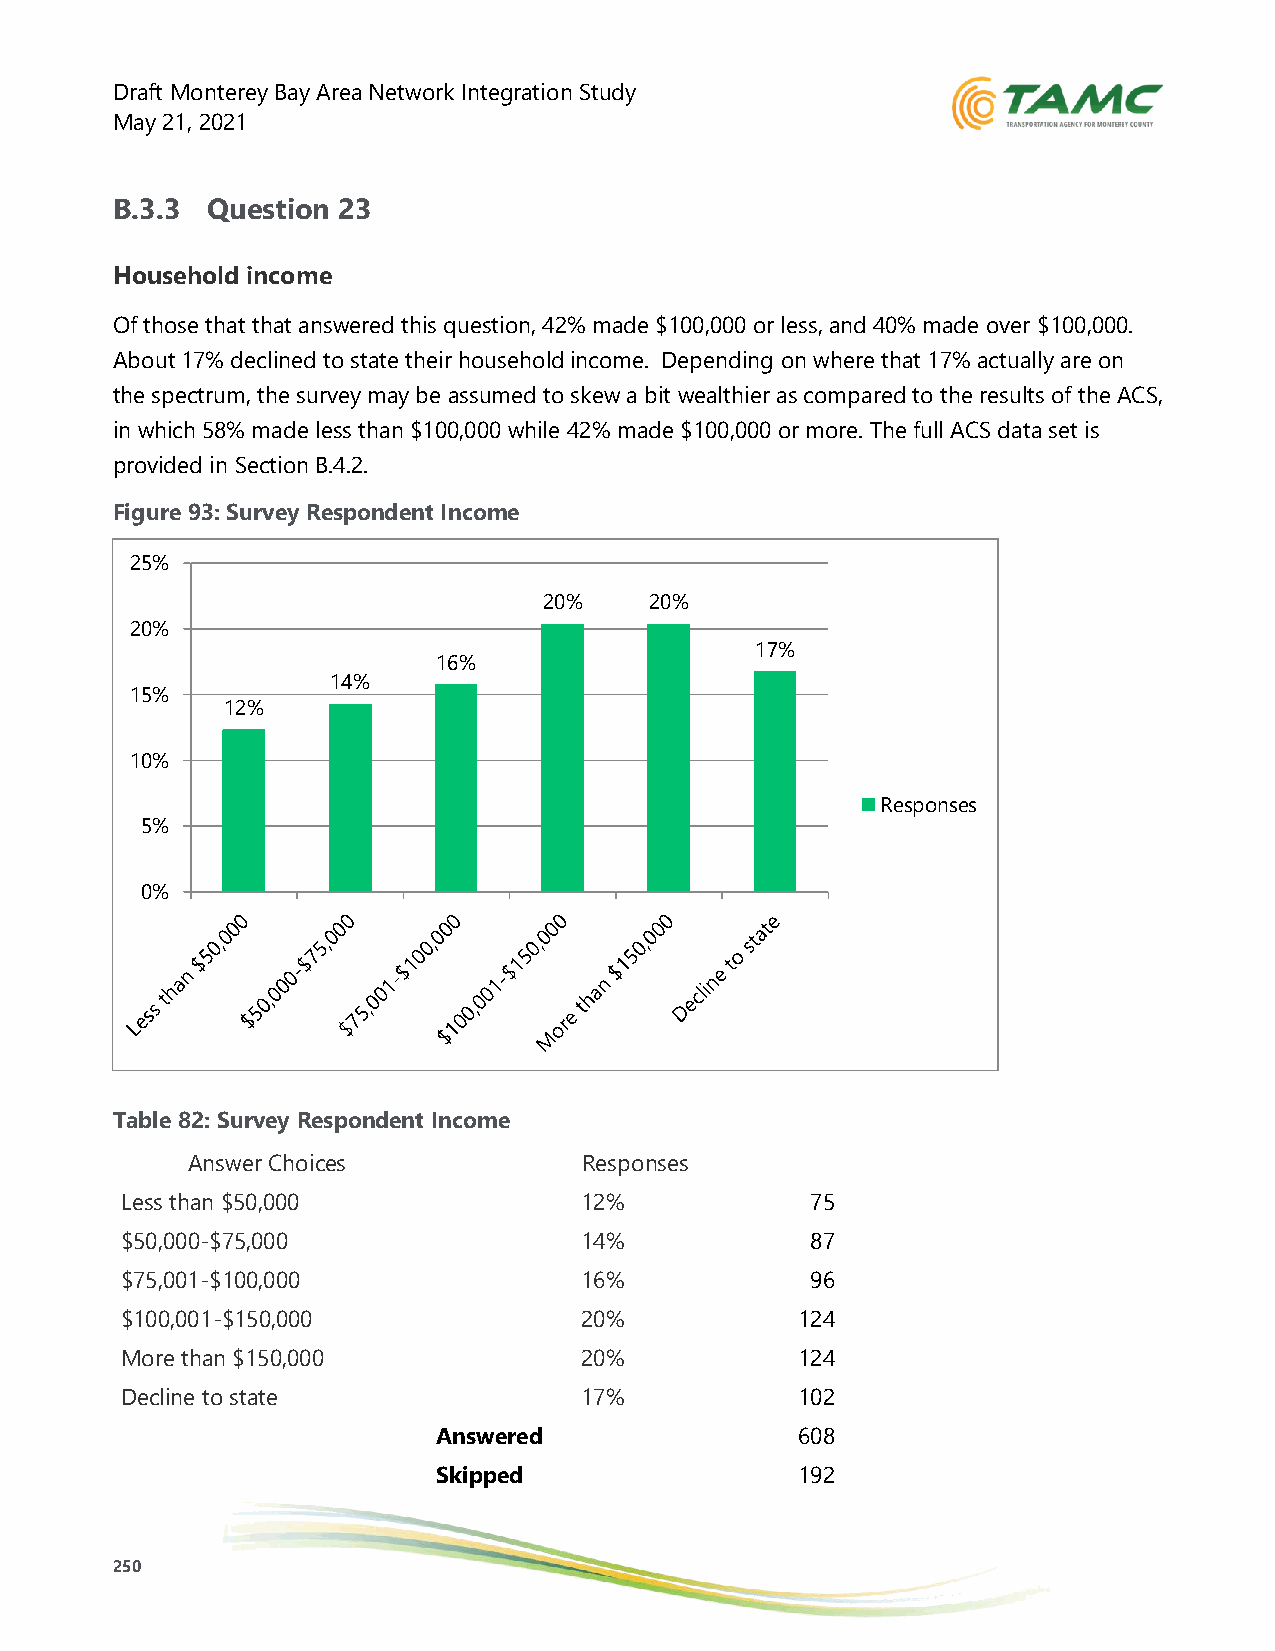
Draft Monterey Bay Area Network Integration Study
 May 21, 2021
 B.3.3  Question 23
 Household income
 Of those that that answered this question, 42% made $100,000 or less, and 40% made over $100,000.
 About 17% declined to state their household income. Depending on where that 17% actually are on
 the spectrum, the survey may be assumed to skew a bit wealthier as compared to the results of the ACS,
 in which 58% made less than $100,000 while 42% made $100,000 or more. The full ACS data set is
 provided in Section B.4.2.
 Figure 93: Survey Respondent Income
 25%
 20%    20%
 20%
 17%
 16%
 14%
 15%
 12%
 10%
 Responses
 5%
 0%
 Table 82: Survey Respondent Income
 Answer Choices             Responses
 Less than $50,000             12%             75
 $50,000-$75,000               14%             87
 $75,001-$100,000              16%             96
 $100,001-$150,000             20%            124
 More than $150,000            20%            124
 Decline to state              17%            102
 Answered                608
 Skipped                 192
 250